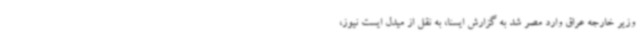
وزیر خارجه عراق وارد مصر شد به گزارش ایسنا، به نقل از میدل ایست نیوز،